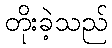
တိုးခဲ့သည်